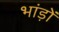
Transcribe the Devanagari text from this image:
भांड़ों